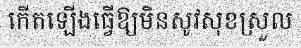
កើតឡើងធ្វើឱ្យមិនសូវសុខស្រួល